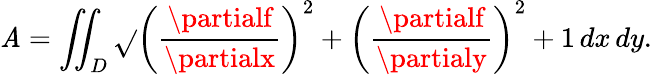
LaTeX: \mathit{A}=\iint_{D}{\sqrt{}{{\left({\frac{{\partialf}}{{\partialx}}}\right)^{2}+\left({\frac{{\partialf}}{{\partialy}}}\right)^{2}+1}}}\, dx\, dy.